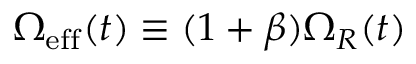
{ \Omega _ { { \mathrm { e f f } } } ( t ) \equiv ( 1 + \beta ) \Omega _ { R } ( t ) }